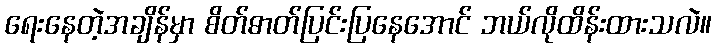
ရေးနေတဲ့အချိန်မှာ စိတ်ဓာတ်ပြင်းပြနေအောင် ဘယ်လိုထိန်းထားသလဲ။